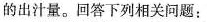
的出汁量。回答下列相关问题：